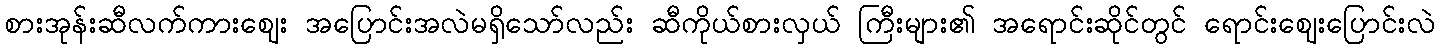
စားအုန်းဆီလက်ကားဈေး အပြောင်းအလဲမရှိသော်လည်း ဆီကိုယ်စားလှယ် ကြီးများ၏ အရောင်းဆိုင်တွင် ရောင်းဈေးပြောင်းလဲ